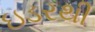
ઇડરથી